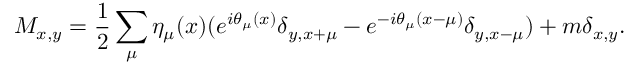
M _ { x , y } = \frac { 1 } { 2 } \sum _ { \mu } \eta _ { \mu } ( x ) ( e ^ { i \theta _ { \mu } ( x ) } \delta _ { y , x + \mu } - e ^ { - i \theta _ { \mu } ( x - \mu ) } \delta _ { y , x - \mu } ) + m \delta _ { x , y } .